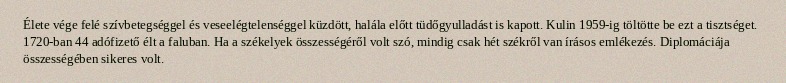
Élete vége felé szívbetegséggel és veseelégtelenséggel küzdött, halála előtt tüdőgyulladást is kapott. Kulin 1959-ig töltötte be ezt a tisztséget. 1720-ban 44 adófizető élt a faluban. Ha a székelyek összességéről volt szó, mindig csak hét székről van írásos emlékezés. Diplomáciája összességében sikeres volt.